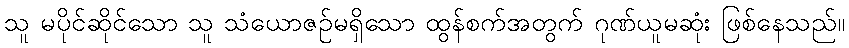
သူ မပိုင်ဆိုင်သော သူ သံယောဇဉ်မရှိသော ထွန်စက်အတွက် ဂုဏ်ယူမဆုံး ဖြစ်နေသည်။